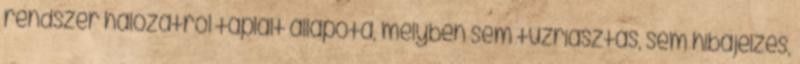
rendszer hálózatról táplált állapota, melyben sem tûzriasztás, sem hibajelzés,